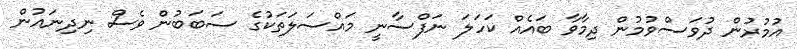
އުމުރުން ދުވަސްވުމުން ދިމާވާ ބައެއް ކަހަލަ ނަފްސާނީ މައްސަލަތަކުގެ ސަބަބުން ވެސް ނިދިނައުން